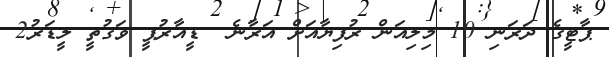
ޕާޓީގެ ދަރަނި 10 މިލިއަން ރުފިޔާއަށް އަރާނެ  ޑީއާރުޕީ ވަގުތީ ލީޑަރު2